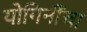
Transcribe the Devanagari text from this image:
योगिनींचा